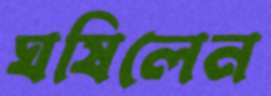
ঘষিলেন